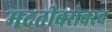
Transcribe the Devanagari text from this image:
मदतीबरोबरच